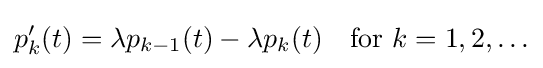
p_{k}^{\prime }(t)=\lambda p_{k-1}(t)-\lambda p_{k}(t)\quad {\text{for }}k=1,2,\ldots